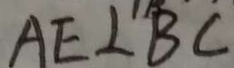
A E \bot B C